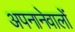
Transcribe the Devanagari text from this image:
अपनानेवालों